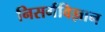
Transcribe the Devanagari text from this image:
निसर्गविज्ञान